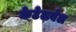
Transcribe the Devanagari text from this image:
केटेलबेल